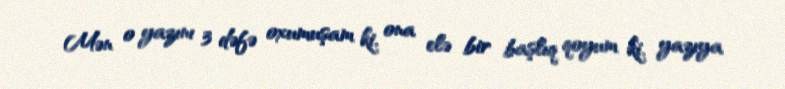
Mən o yazını 3 dəfə oxumuşam ki, ona elə bir başlıq qoyum ki, yazıya